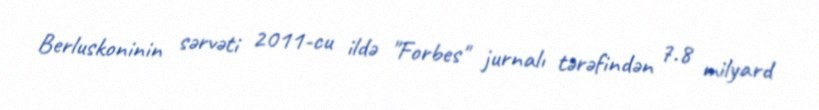
Berluskoninin sərvəti 2011-cu ildə "Forbes" jurnalı tərəfindən 7.8 milyard